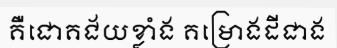
គឺជោគជ័យខ្លាំង គម្រោងដីជាង